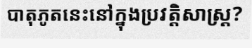
បាតុភូតនេះនៅក្នុងប្រវត្តិសាស្ត្រ?